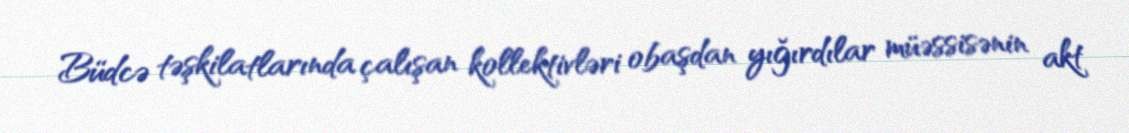
Büdcə təşkilatlarında çalışan kollektivləri obaşdan yığırdılar müəssisənin akt